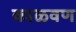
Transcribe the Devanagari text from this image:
काळवण